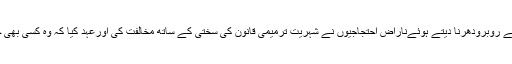
صبح گیارہ بجے سے شام پانچ بجے تک تحصیلدار دفتر کے روبرودھرنا دیتے ہوئےناراض احتجاجیوں نے شہریت ترمیمی قانون کی سختی کے ساتھ مخالفت کی اورعہد کیا کہ وہ کسی بھی حال میں این پی آر کے لئے معلومات فراہم نہیں کریں گے۔